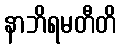
နာဘိရမတီတိ